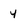
Character: 4